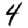
Digit: 4